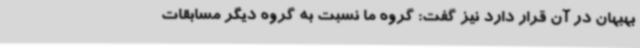
بهبهان در آن قرار دارد نیز گفت: گروه ما نسبت به گروه دیگر مسابقات